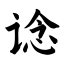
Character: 谂